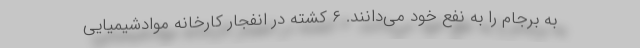
به برجام را به نفع خود می‌دانند. ۶ کشته در انفجار کارخانه موادشیمیایی